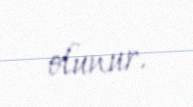
olunur.